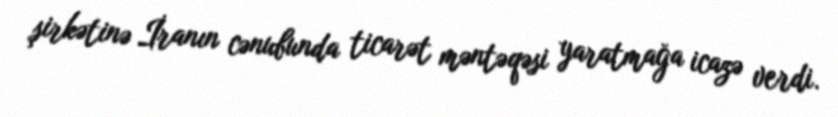
şirkətinə İranın cənubunda ticarət məntəqəsi yaratmağa icazə verdi.